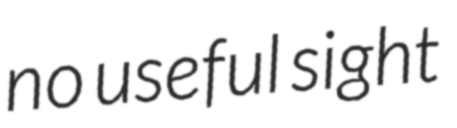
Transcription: no useful sight